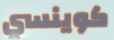
كوينسي